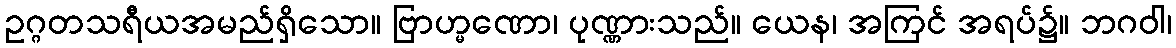
ဥဂ္ဂတသရီယအမည်ရှိသော။ ဗြာဟ္မဏော၊ ပုဏ္ဏားသည်။ ယေန၊ အကြင် အရပ်၌။ ဘဂဝါ၊